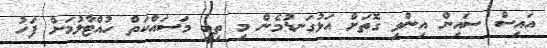
އައިސް ސައިން އިންވި ގޮތަށް އަޅުގަނޑުމެން މި ތިބީ މަސައްކަތް ހުއްޓާލުމަށް ފަހު